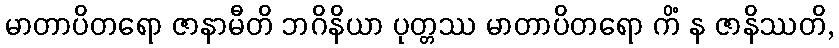
မာတာပိတရော ဇာနာမီတိ ဘဂိနိယာ ပုတ္တဿ မာတာပိတရော ကိံ န ဇာနိဿတိ,